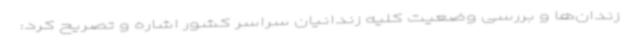
زندان‌ها و بررسی وضعیت کلیه زندانیان سراسر کشور اشاره و تصریح کرد: